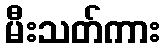
မီးသတ်ကား